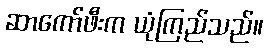
ဆာကော်ဖီးက ယုံကြည်သည်။